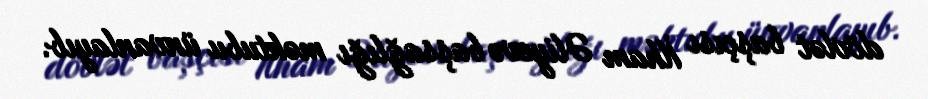
dövlət başçısı İlham Əliyevə başsağlığı məktubu ünvanlayıb.